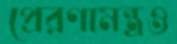
প্রেরণামন্ত্রও